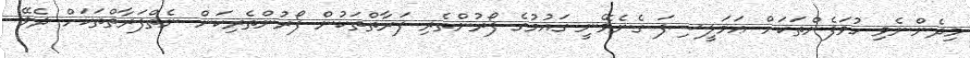
މިދެންނެވި ހުވަފެންތަކަށް ޢަމަލީސިފަ ގެނެވޭނީ ގައުމުގެ ފޯރުންތެރި ފަރާތްތަކުން ފޯރުންތެރިކަން ނެތްފަރާތްތަކަށް ދެވޭ